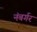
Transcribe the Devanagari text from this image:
नंबर्गर